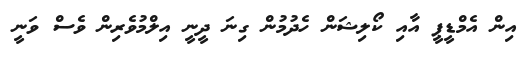
އިން އެމްޑީޕީ އާއި ކޯލިޝަން ހެދުމުން ގިނަ ދީނީ އިލްމުވެރިން ވެސް ވަނީ